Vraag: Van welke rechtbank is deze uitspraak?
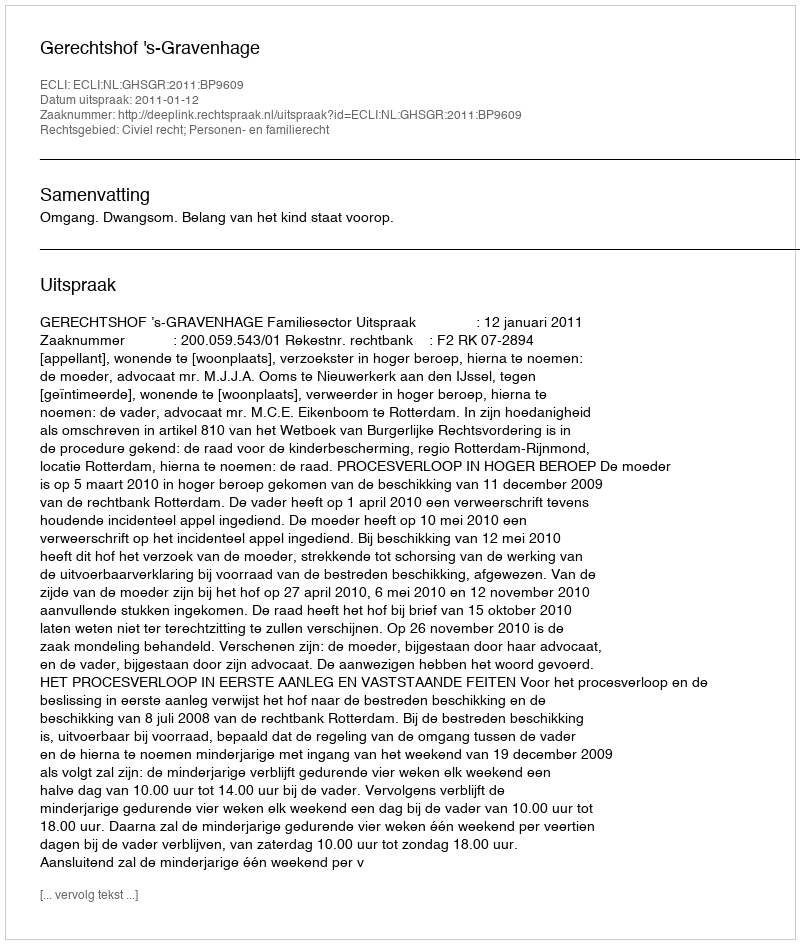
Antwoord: Gerechtshof 's-Gravenhage